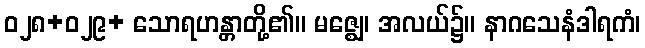
ဝ၂၈+ဝ၂၉+ သောရဟန္တာတို့၏။ မဇ္ဈေ၊ အလယ်၌။ နာဂသေနံဒါရကံ၊